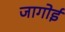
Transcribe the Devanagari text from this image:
जागोई